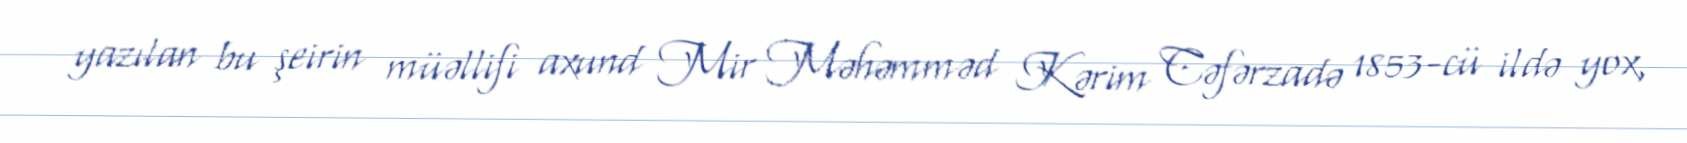
yazılan bu şeirin müəllifi axund Mir Məhəmməd Kərim Cəfərzadə 1853-cü ildə yox,